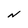
Character: N